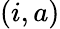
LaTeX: (i,a)